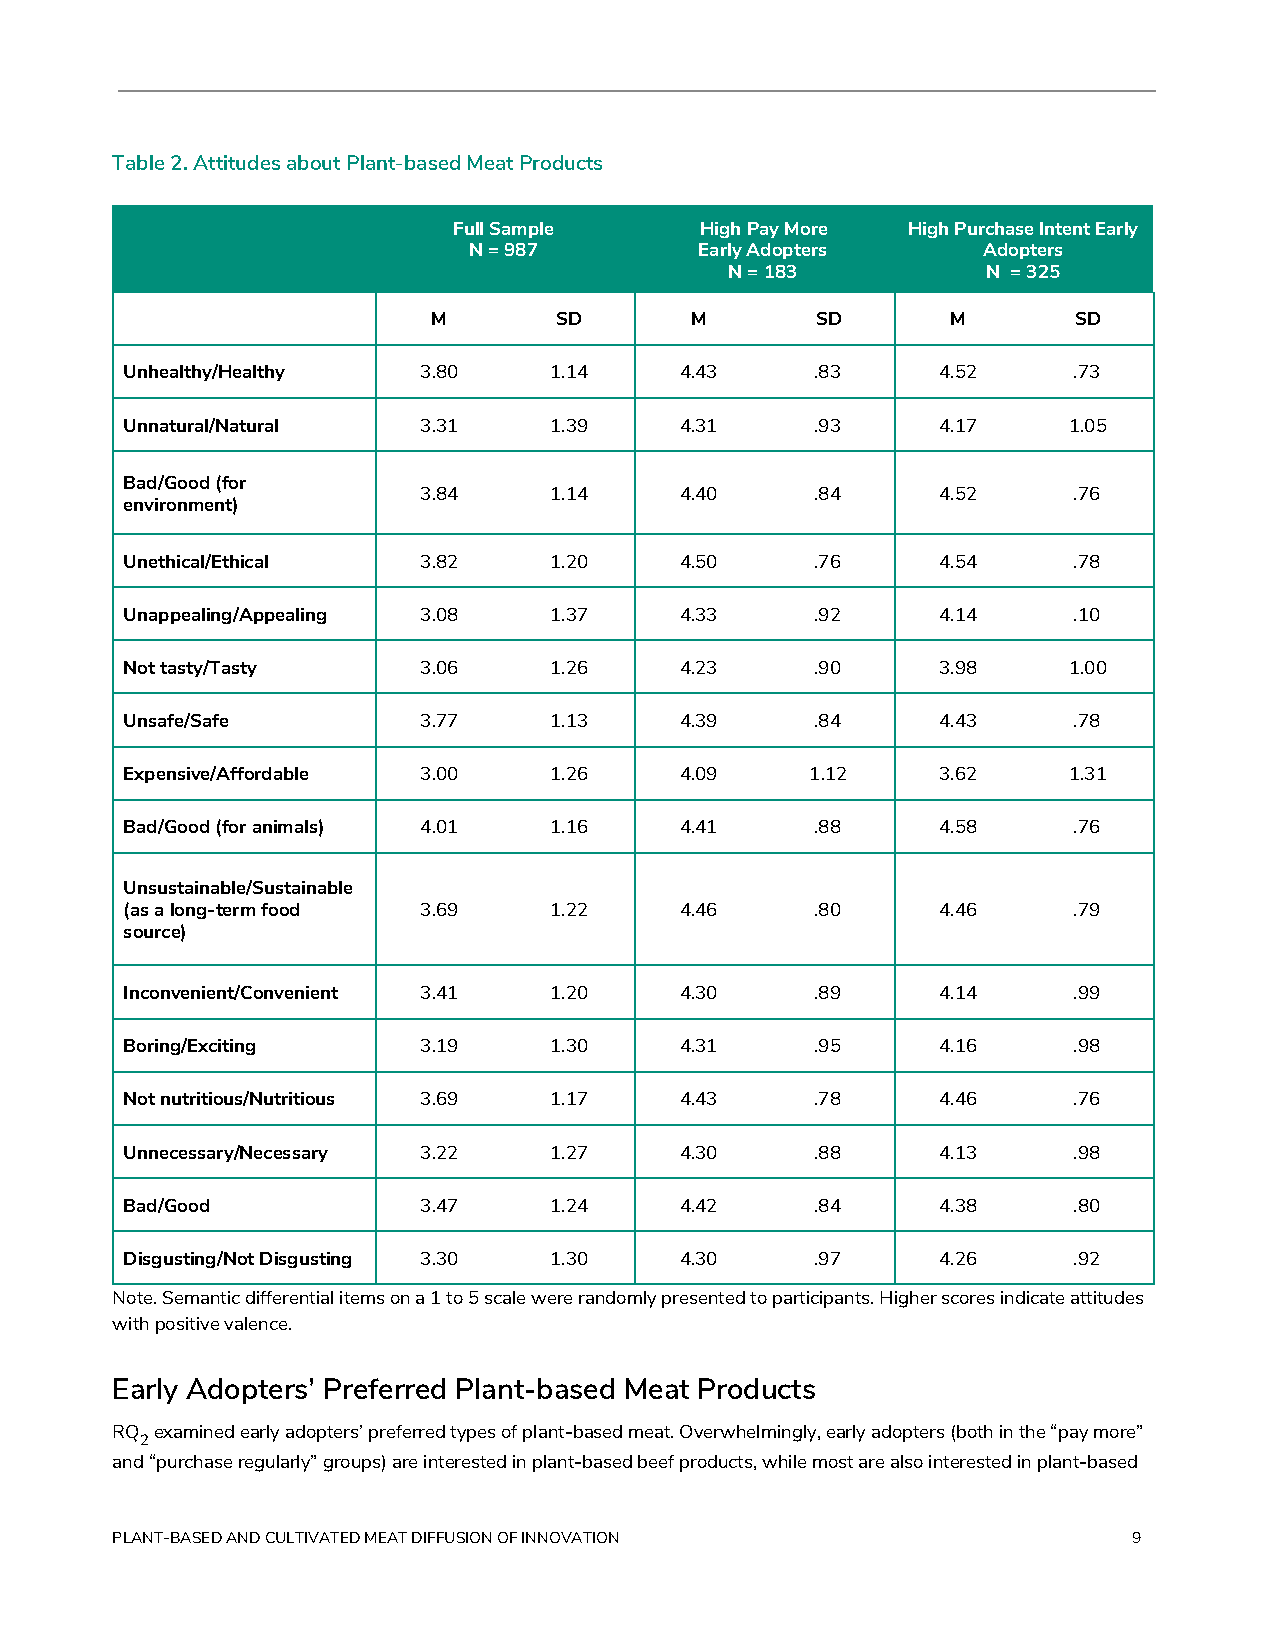
Table 2. Attitudes about Plant-based Meat Products
 Full Sample     High Pay More High Purchase Intent Early
 N = 987        Early Adopters     Adopters
 N = 183          N = 325
 M       SD       M       SD       M       SD
 Unhealthy/Healthy   3.80    1.14     4.43     .83     4.52     .73
 Unnatural/Natural   3.31    1.39     4.31     .93     4.17     1.05
 Bad/Good (for
 3.84    1.14     4.40     .84     4.52     .76
 environment)
 Unethical/Ethical   3.82    1.20     4.50     .76     4.54     .78
 Unappealing/Appealing 3.08  1.37     4.33     .92     4.14     .10
 Not tasty/Tasty     3.06    1.26     4.23     .90     3.98     1.00
 Unsafe/Safe         3.77    1.13     4.39     .84     4.43     .78
 Expensive/Affordable 3.00   1.26     4.09     1.12    3.62     1.31
 Bad/Good (for animals) 4.01 1.16     4.41     .88     4.58     .76
 Unsustainable/Sustainable
 (as a long-term food 3.69   1.22     4.46     .80     4.46     .79
 source)
 Inconvenient/Convenient 3.41 1.20    4.30     .89     4.14     .99
 Boring/Exciting     3.19    1.30     4.31     .95     4.16     .98
 Not nutritious/Nutritious 3.69 1.17  4.43     .78     4.46     .76
 Unnecessary/Necessary 3.22  1.27     4.30     .88     4.13     .98
 Bad/Good            3.47    1.24     4.42     .84     4.38     .80
 Disgusting/Not Disgusting 3.30 1.30  4.30     .97     4.26     .92
 Note. Semantic differential items on a 1 to 5 scale were randomly presented to participants. Higher scores indicate attitudes
 with positive valence.
 Early Adopters’ Preferred Plant-based Meat Products
 RQ​ examined early adopters’ preferred types of plant-based meat. Overwhelmingly, early adopters (both in the “pay more”
 2​
 and “purchase regularly” groups) are interested in plant-based beef products, while most are also interested in plant-based
 PLANT-BASED AND CULTIVATED MEAT DIFFUSION OF INNOVATION             9